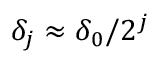
\delta _ { j } \approx \delta _ { 0 } / 2 ^ { j }